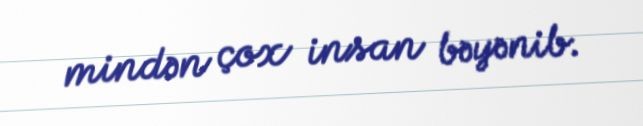
mindən çox insan bəyənib.